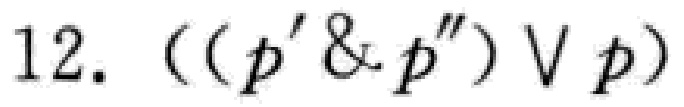
12. $((p' \& p'') \vee p)$